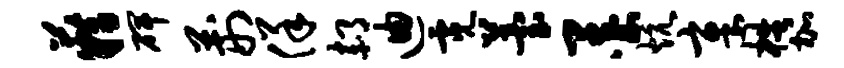
籍碑荆佯郝迪霓苔墨炕章梏加